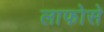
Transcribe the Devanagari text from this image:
लाफोसे